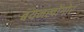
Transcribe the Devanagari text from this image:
बयनखोंगोर